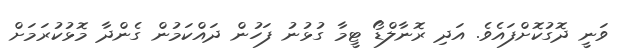
ވަނީ ދޮގުކޮށްފައެވެ. އަދި ރޮނާލްޑޯ ޓީމާ ގުޅުނު ފަހުން ދައްކަމުން ގެންދާ މޮޅުކުރަމަށް